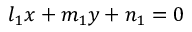
l _ { 1 } x + m _ { 1 } y + n _ { 1 } = 0